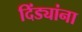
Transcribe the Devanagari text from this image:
दिंड्यांना